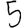
Digit: 5